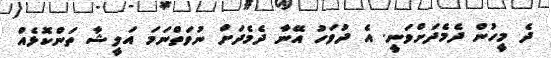
ދެ މީހުން ދެމެދަށްވަނީ. އެ ދުވަހު އޭނާ ދެމެދަށް ނުވަތްނަމަ އަލީޝާ ތަންކޮޅެއް